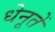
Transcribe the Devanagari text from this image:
धेनूतें